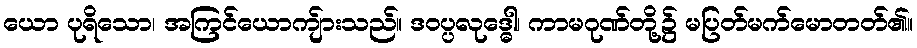
ယော ပုရိသော၊ အကြင်ယောကျ်ားသည်။ ဒဝပ္ပလုဒ္ဓေါ၊ ကာမဂုဏ်တို့၌ မပြတ်မက်မောတတ်၏။